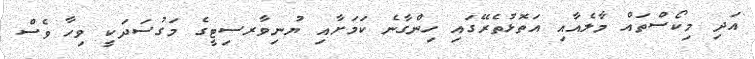
އަދި މިކޯސްތައް މާލެއާއި އަތޮޅުތެރޭގައި ހިންގާނެ ކަމަށާއި ޔުނިވާރސިޓީގެ މަގުސަދަކީ ވިހާ ވެސް